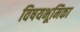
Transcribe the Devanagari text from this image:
विषयभूमिका